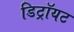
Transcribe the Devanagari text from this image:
डिट्रॉयट